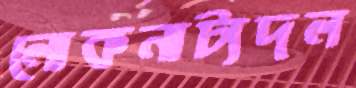
লোকনাট্যদল